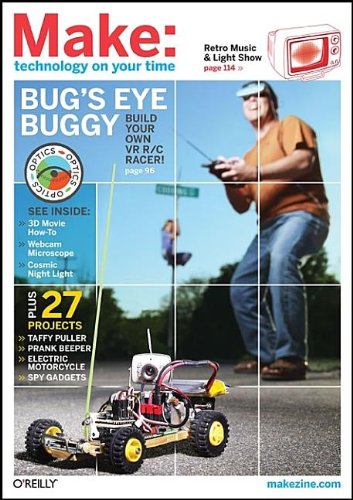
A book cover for Make: Technology on Your Time Volume 14; Computers & Technology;